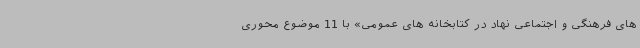
های فرهنگی و اجتماعی نهاد در کتابخانه های عمومی» با 11 موضوع محوری